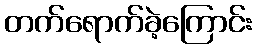
တက်ရောက်ခဲ့ကြောင်း